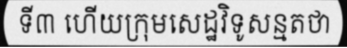
ទី៣ ហើយក្រុមសេដ្ឋវិទូសន្មតថា